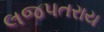
લજપતરાય